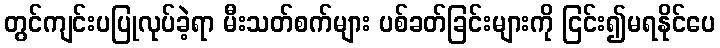
တွင်ကျင်းပပြုလုပ်ခဲ့ရာ မီးသတ်စက်များ ပစ်ခတ်ခြင်းများကို ငြင်း၍မရနိုင်ပေ